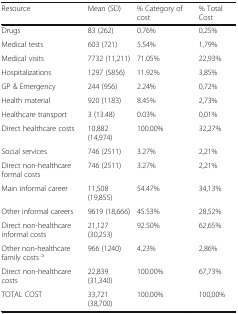
| Resource | Mean (SD) | % Category of cost | % Total Cost |
 | --- | --- | --- | --- |
 | Drugs | 83 (262) | 0.76% | 0,25% |
 | Medical tests | 603 (721) | 5.54% | 1,79% |
 | Medical visits | 7732 (11,211) | 71.05% | 22,93% |
 | Hospitalizations | 1297 (5856) | 11.92% | 3,85% |
 | GP & Emergency | 244 (956) | 2.24% | 0,72% |
 | Health material | 920 (1183) | 8.45% | 2,73% |
 | Healthcare transport | 3 (13.48) | 0.03% | 0,01% |
 | Direct healthcare costs | 10,882 (14,974) | 100.00% | 32,27% |
 | Social services | 746 (2511) | 3.27% | 2,21% |
 | Direct non-healthcare formal costs | 746 (2511) | 3.27% | 2,21% |
 | Main informal career | 11,508 (19,855) | 54.47% | 34,13% |
 | Other informal careers | 9619 (18,666) | 45.53% | 28,52% |
 | Direct non-healthcare informal costs | 21,127 (30,253) | 92.50% | 62,65% |
 | Other non-healthcare family costs a | 966 (1240) | 4.23% | 2,86% |
 | Direct non-healthcare costs | 22,839 (31,340) | 100.00% | 67,73% |
 | TOTAL COST | 33,721 (38,700) | 100.00% | 100,00% |